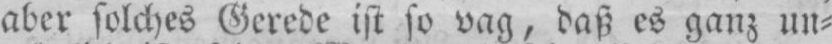
aber solches Gerede ist so vag, daß es ganz un⸗